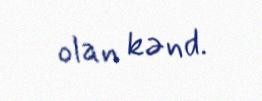
olan kənd.